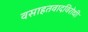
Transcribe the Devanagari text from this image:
वसाहतवादविरोधी